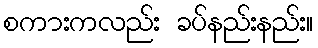
စကားကလည်း ခပ်နည်းနည်း။